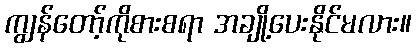
ကျွန်တော့်ကိုစားစရာ အချို့ပေးနိုင်မလား။